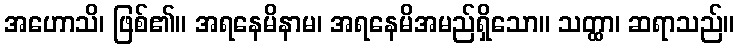
အဟောသိ၊ ဖြစ်၏။ အရနေမိနာမ၊ အရနေမိအမည်ရှိသော။ သတ္ထာ၊ ဆရာသည်။